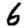
Digit: 6